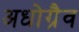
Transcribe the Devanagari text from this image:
अधोग्रैव